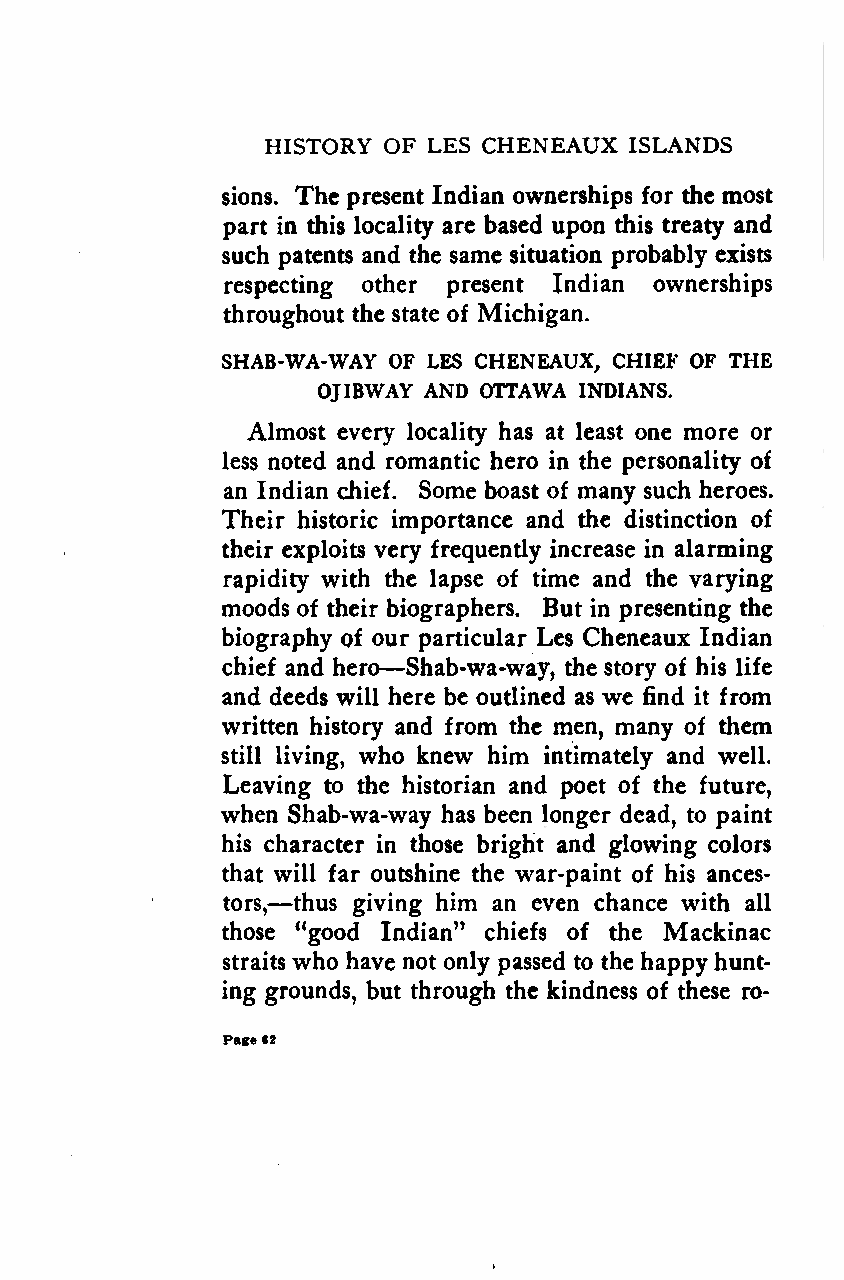
HISTORY OF LES CHENEAUX ISLANDS
 sions. The present Indian ownerships for the most
 part in this locality are based upon this treaty and
 such patents and the same situation probably exists
 respecting other present Indian ownerships
 throughout the state of Michigan.
 SHAB-WA-WAY OF LES CHENEAUX, CHIEF OF THE
 OJIBWAY AND OTTAWA INDIANS.
 Almost every locality has at least one more or
 less noted and romantic hero in the personality of
 an Indian chief. Some boast of many such heroes.
 Their historic importance and the distinction of
 their exploits very frequently increase in alarming
 rapidity with the lapse of time and the varying
 moods of their biographers. But in presenting the
 biography of our particular Les Cheneaux Indian
 —
 chief and hero Shab-wa-way, the story of his life
 and deeds will here be outlined as we find it from
 written history and from the men, many of them
 still living, who knew him intimately and well.
 Leaving to the historian and poet of the future,
 when Shab-wa-way has been longer dead, to paint
 his character in those bright and glowing colors
 that will far outshine the war-paint of his ances-
 —
 tors, thus giving him an even chance with all
 those "good Indian" chiefs of the Mackinac
 straits who have not only passed to the happy hunt-
 ing grounds, but through the kindness of these ro-
 Page62
 Google
 Digitizedby